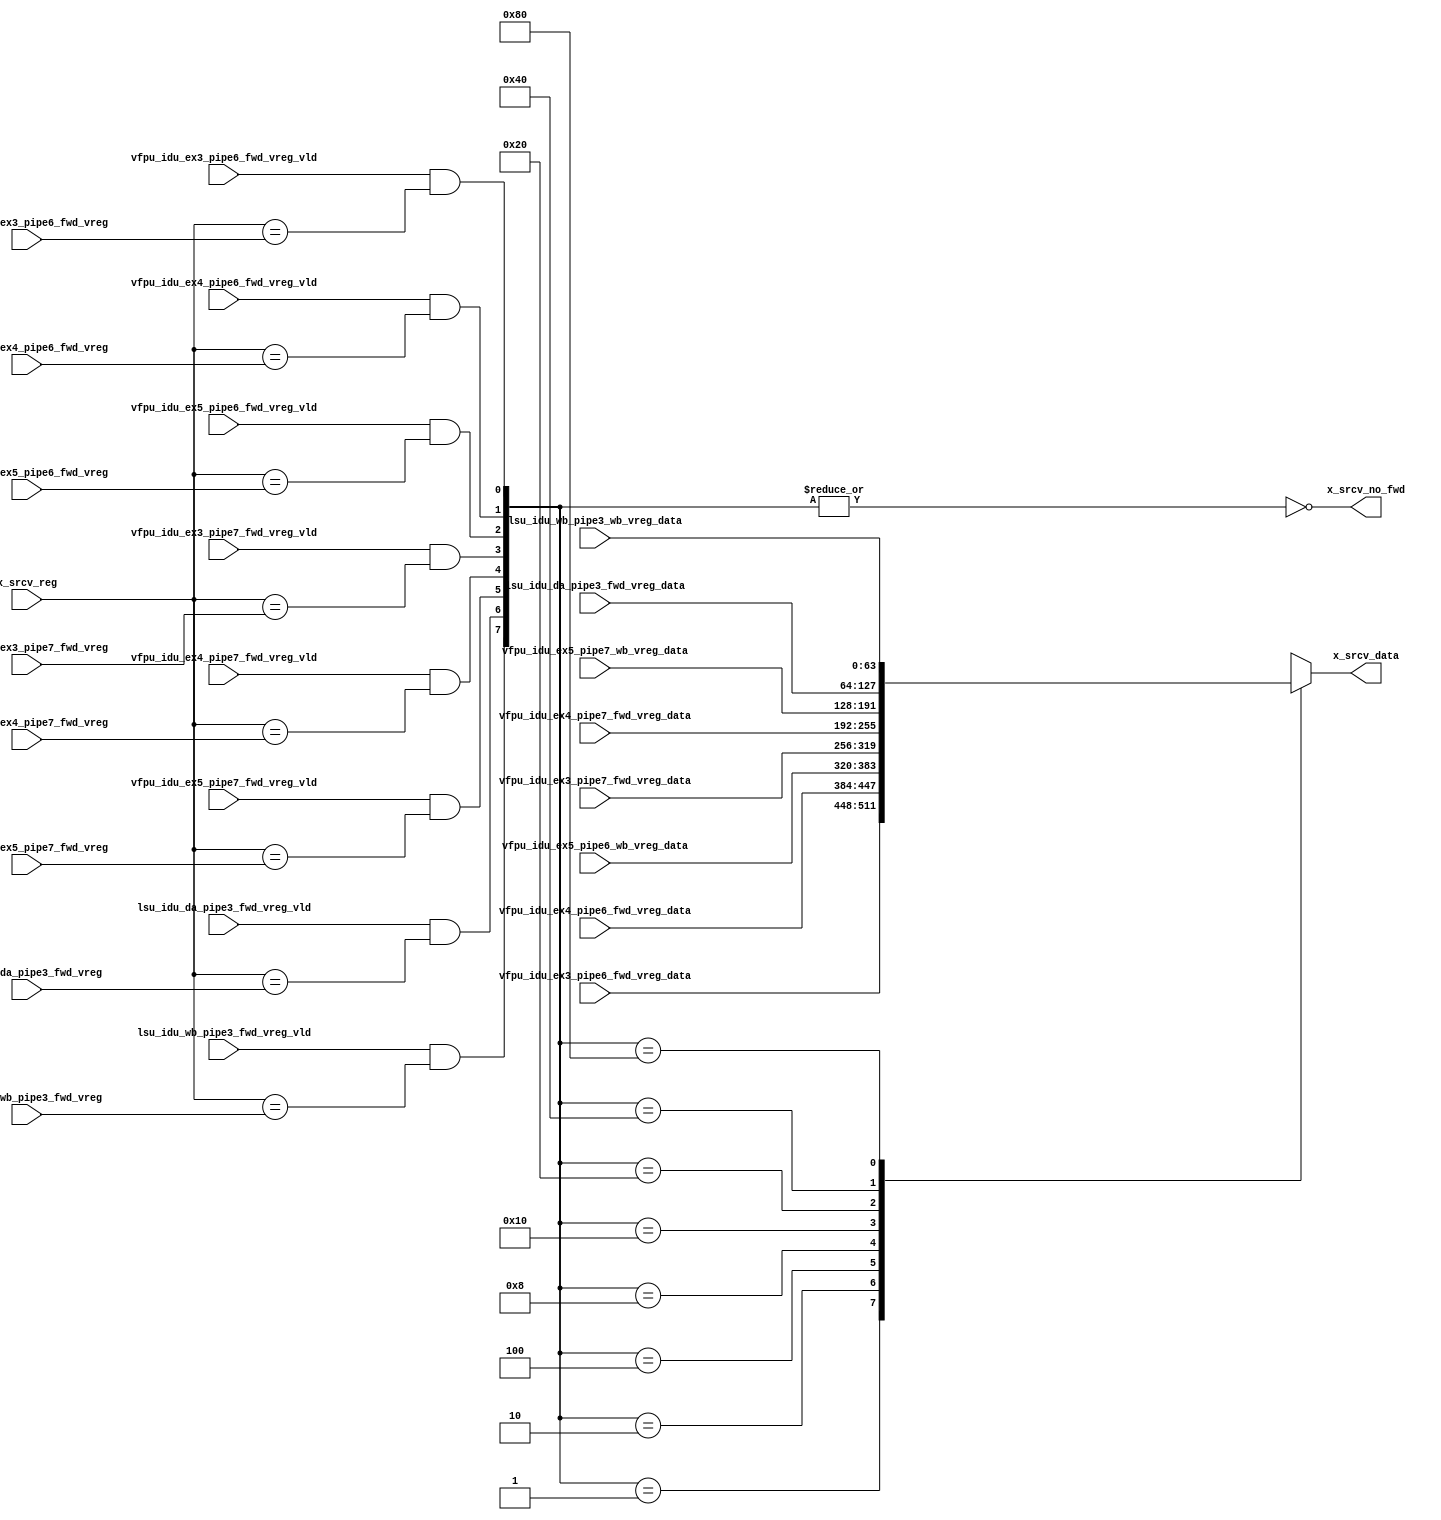
/*Copyright 2019-2021 T-Head Semiconductor Co., Ltd.

Licensed under the Apache License, Version 2.0 (the "License");
you may not use this file except in compliance with the License.
You may obtain a copy of the License at

    http://www.apache.org/licenses/LICENSE-2.0

Unless required by applicable law or agreed to in writing, software
distributed under the License is distributed on an "AS IS" BASIS,
WITHOUT WARRANTIES OR CONDITIONS OF ANY KIND, either express or implied.
See the License for the specific language governing permissions and
limitations under the License.
*/

// &ModuleBeg; @26
module ct_idu_rf_fwd_vreg(
  lsu_idu_da_pipe3_fwd_vreg,
  lsu_idu_da_pipe3_fwd_vreg_data,
  lsu_idu_da_pipe3_fwd_vreg_vld,
  lsu_idu_wb_pipe3_fwd_vreg,
  lsu_idu_wb_pipe3_fwd_vreg_vld,
  lsu_idu_wb_pipe3_wb_vreg_data,
  vfpu_idu_ex3_pipe6_fwd_vreg,
  vfpu_idu_ex3_pipe6_fwd_vreg_data,
  vfpu_idu_ex3_pipe6_fwd_vreg_vld,
  vfpu_idu_ex3_pipe7_fwd_vreg,
  vfpu_idu_ex3_pipe7_fwd_vreg_data,
  vfpu_idu_ex3_pipe7_fwd_vreg_vld,
  vfpu_idu_ex4_pipe6_fwd_vreg,
  vfpu_idu_ex4_pipe6_fwd_vreg_data,
  vfpu_idu_ex4_pipe6_fwd_vreg_vld,
  vfpu_idu_ex4_pipe7_fwd_vreg,
  vfpu_idu_ex4_pipe7_fwd_vreg_data,
  vfpu_idu_ex4_pipe7_fwd_vreg_vld,
  vfpu_idu_ex5_pipe6_fwd_vreg,
  vfpu_idu_ex5_pipe6_fwd_vreg_vld,
  vfpu_idu_ex5_pipe6_wb_vreg_data,
  vfpu_idu_ex5_pipe7_fwd_vreg,
  vfpu_idu_ex5_pipe7_fwd_vreg_vld,
  vfpu_idu_ex5_pipe7_wb_vreg_data,
  x_srcv_data,
  x_srcv_no_fwd,
  x_srcv_reg
);

// &Ports; @27
input   [6 :0]  lsu_idu_da_pipe3_fwd_vreg;       
input   [63:0]  lsu_idu_da_pipe3_fwd_vreg_data;  
input           lsu_idu_da_pipe3_fwd_vreg_vld;   
input   [6 :0]  lsu_idu_wb_pipe3_fwd_vreg;       
input           lsu_idu_wb_pipe3_fwd_vreg_vld;   
input   [63:0]  lsu_idu_wb_pipe3_wb_vreg_data;   
input   [6 :0]  vfpu_idu_ex3_pipe6_fwd_vreg;     
input   [63:0]  vfpu_idu_ex3_pipe6_fwd_vreg_data; 
input           vfpu_idu_ex3_pipe6_fwd_vreg_vld; 
input   [6 :0]  vfpu_idu_ex3_pipe7_fwd_vreg;     
input   [63:0]  vfpu_idu_ex3_pipe7_fwd_vreg_data; 
input           vfpu_idu_ex3_pipe7_fwd_vreg_vld; 
input   [6 :0]  vfpu_idu_ex4_pipe6_fwd_vreg;     
input   [63:0]  vfpu_idu_ex4_pipe6_fwd_vreg_data; 
input           vfpu_idu_ex4_pipe6_fwd_vreg_vld; 
input   [6 :0]  vfpu_idu_ex4_pipe7_fwd_vreg;     
input   [63:0]  vfpu_idu_ex4_pipe7_fwd_vreg_data; 
input           vfpu_idu_ex4_pipe7_fwd_vreg_vld; 
input   [6 :0]  vfpu_idu_ex5_pipe6_fwd_vreg;     
input           vfpu_idu_ex5_pipe6_fwd_vreg_vld; 
input   [63:0]  vfpu_idu_ex5_pipe6_wb_vreg_data; 
input   [6 :0]  vfpu_idu_ex5_pipe7_fwd_vreg;     
input           vfpu_idu_ex5_pipe7_fwd_vreg_vld; 
input   [63:0]  vfpu_idu_ex5_pipe7_wb_vreg_data; 
input   [6 :0]  x_srcv_reg;                      
output  [63:0]  x_srcv_data;                     
output          x_srcv_no_fwd;                   

// &Regs; @28
reg     [63:0]  x_srcv_data;                     

// &Wires; @29
wire    [7 :0]  fwd_srcv_sel;                    
wire    [6 :0]  lsu_idu_da_pipe3_fwd_vreg;       
wire    [63:0]  lsu_idu_da_pipe3_fwd_vreg_data;  
wire            lsu_idu_da_pipe3_fwd_vreg_vld;   
wire    [6 :0]  lsu_idu_wb_pipe3_fwd_vreg;       
wire            lsu_idu_wb_pipe3_fwd_vreg_vld;   
wire    [63:0]  lsu_idu_wb_pipe3_wb_vreg_data;   
wire    [6 :0]  vfpu_idu_ex3_pipe6_fwd_vreg;     
wire    [63:0]  vfpu_idu_ex3_pipe6_fwd_vreg_data; 
wire            vfpu_idu_ex3_pipe6_fwd_vreg_vld; 
wire    [6 :0]  vfpu_idu_ex3_pipe7_fwd_vreg;     
wire    [63:0]  vfpu_idu_ex3_pipe7_fwd_vreg_data; 
wire            vfpu_idu_ex3_pipe7_fwd_vreg_vld; 
wire    [6 :0]  vfpu_idu_ex4_pipe6_fwd_vreg;     
wire    [63:0]  vfpu_idu_ex4_pipe6_fwd_vreg_data; 
wire            vfpu_idu_ex4_pipe6_fwd_vreg_vld; 
wire    [6 :0]  vfpu_idu_ex4_pipe7_fwd_vreg;     
wire    [63:0]  vfpu_idu_ex4_pipe7_fwd_vreg_data; 
wire            vfpu_idu_ex4_pipe7_fwd_vreg_vld; 
wire    [6 :0]  vfpu_idu_ex5_pipe6_fwd_vreg;     
wire            vfpu_idu_ex5_pipe6_fwd_vreg_vld; 
wire    [63:0]  vfpu_idu_ex5_pipe6_wb_vreg_data; 
wire    [6 :0]  vfpu_idu_ex5_pipe7_fwd_vreg;     
wire            vfpu_idu_ex5_pipe7_fwd_vreg_vld; 
wire    [63:0]  vfpu_idu_ex5_pipe7_wb_vreg_data; 
wire            x_srcv_no_fwd;                   
wire    [6 :0]  x_srcv_reg;                      



//==========================================================
//                      Vreg Forward
//==========================================================
//0: pipe6 ex3, 1: pipe6 ex4, 2: pipe6 ex5, 3: pipe7 ex3,
//4: pipe7 ex4, 5: pipe7 ex5, 6: pipe3 da 7: pipe3 wb
assign fwd_srcv_sel[0] = vfpu_idu_ex3_pipe6_fwd_vreg_vld
                         && (x_srcv_reg[6:0] == vfpu_idu_ex3_pipe6_fwd_vreg[6:0]);
assign fwd_srcv_sel[1] = vfpu_idu_ex4_pipe6_fwd_vreg_vld
                         && (x_srcv_reg[6:0] == vfpu_idu_ex4_pipe6_fwd_vreg[6:0]);
assign fwd_srcv_sel[2] = vfpu_idu_ex5_pipe6_fwd_vreg_vld
                         && (x_srcv_reg[6:0] == vfpu_idu_ex5_pipe6_fwd_vreg[6:0]);
assign fwd_srcv_sel[3] = vfpu_idu_ex3_pipe7_fwd_vreg_vld
                         && (x_srcv_reg[6:0] == vfpu_idu_ex3_pipe7_fwd_vreg[6:0]);
assign fwd_srcv_sel[4] = vfpu_idu_ex4_pipe7_fwd_vreg_vld
                         && (x_srcv_reg[6:0] == vfpu_idu_ex4_pipe7_fwd_vreg[6:0]);
assign fwd_srcv_sel[5] = vfpu_idu_ex5_pipe7_fwd_vreg_vld
                         && (x_srcv_reg[6:0] == vfpu_idu_ex5_pipe7_fwd_vreg[6:0]);
assign fwd_srcv_sel[6] = lsu_idu_da_pipe3_fwd_vreg_vld 
                         && (x_srcv_reg[6:0] == lsu_idu_da_pipe3_fwd_vreg[6:0]);
assign fwd_srcv_sel[7] = lsu_idu_wb_pipe3_fwd_vreg_vld 
                         && (x_srcv_reg[6:0] == lsu_idu_wb_pipe3_fwd_vreg[6:0]);

assign x_srcv_no_fwd = !(|fwd_srcv_sel[7:0]);

// &CombBeg; @56
always @( vfpu_idu_ex4_pipe7_fwd_vreg_data[63:0]
       or vfpu_idu_ex5_pipe7_wb_vreg_data[63:0]
       or lsu_idu_da_pipe3_fwd_vreg_data[63:0]
       or vfpu_idu_ex5_pipe6_wb_vreg_data[63:0]
       or fwd_srcv_sel[7:0]
       or lsu_idu_wb_pipe3_wb_vreg_data[63:0]
       or vfpu_idu_ex3_pipe7_fwd_vreg_data[63:0]
       or vfpu_idu_ex4_pipe6_fwd_vreg_data[63:0]
       or vfpu_idu_ex3_pipe6_fwd_vreg_data[63:0])
begin
  case (fwd_srcv_sel[7:0])
    8'b00000001: x_srcv_data[63:0] = vfpu_idu_ex3_pipe6_fwd_vreg_data[63:0];
    8'b00000010: x_srcv_data[63:0] = vfpu_idu_ex4_pipe6_fwd_vreg_data[63:0];
    8'b00000100: x_srcv_data[63:0] = vfpu_idu_ex5_pipe6_wb_vreg_data[63:0];
    8'b00001000: x_srcv_data[63:0] = vfpu_idu_ex3_pipe7_fwd_vreg_data[63:0];
    8'b00010000: x_srcv_data[63:0] = vfpu_idu_ex4_pipe7_fwd_vreg_data[63:0];
    8'b00100000: x_srcv_data[63:0] = vfpu_idu_ex5_pipe7_wb_vreg_data[63:0];
    8'b01000000: x_srcv_data[63:0] = lsu_idu_da_pipe3_fwd_vreg_data[63:0];
    8'b10000000: x_srcv_data[63:0] = lsu_idu_wb_pipe3_wb_vreg_data[63:0];
    default    : x_srcv_data[63:0] = {64{1'bx}};
  endcase
// &CombEnd; @68
end

// &ModuleEnd; @70
endmodule